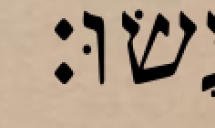
עָשׂוּ׃